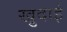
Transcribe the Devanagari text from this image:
खु़दाई